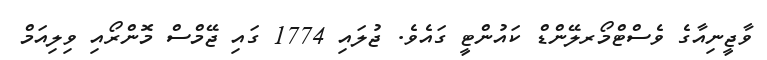
ވާޖީނިއާގެ ވެސްޓްމޯރލޭންޑް ކައުންޓީ ގައެވެ. ޖުލައި 1774 ގައި ޖޭމްސް މޮންރޯއި ވިލިއަމް